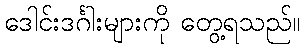
ဒေါင်းဒင်္ဂါးများကို တွေ့ရသည်။